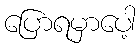
ပြောရမှာပေါ့